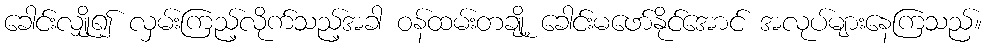
ခေါင်းလျှို၍ လှမ်းကြည့်လိုက်သည့်အခါ ဝန်ထမ်းတချို့ ခေါင်းမဖော်နိုင်အောင် အလုပ်များနေကြသည်။